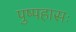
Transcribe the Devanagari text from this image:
पुष्पहासः